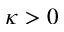
\kappa > 0